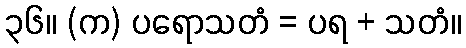
၃၆။ (က) ပရောသတံ = ပရ + သတံ။